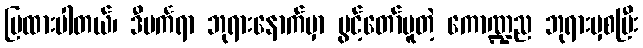
ပြထားပါတယ်၊ ဒီပင်္ကရာ ဘုရားနောက်မှာ ပွင့်တော်မူတဲ့ ကောဏ္ဍည ဘုရားမှစပြီး